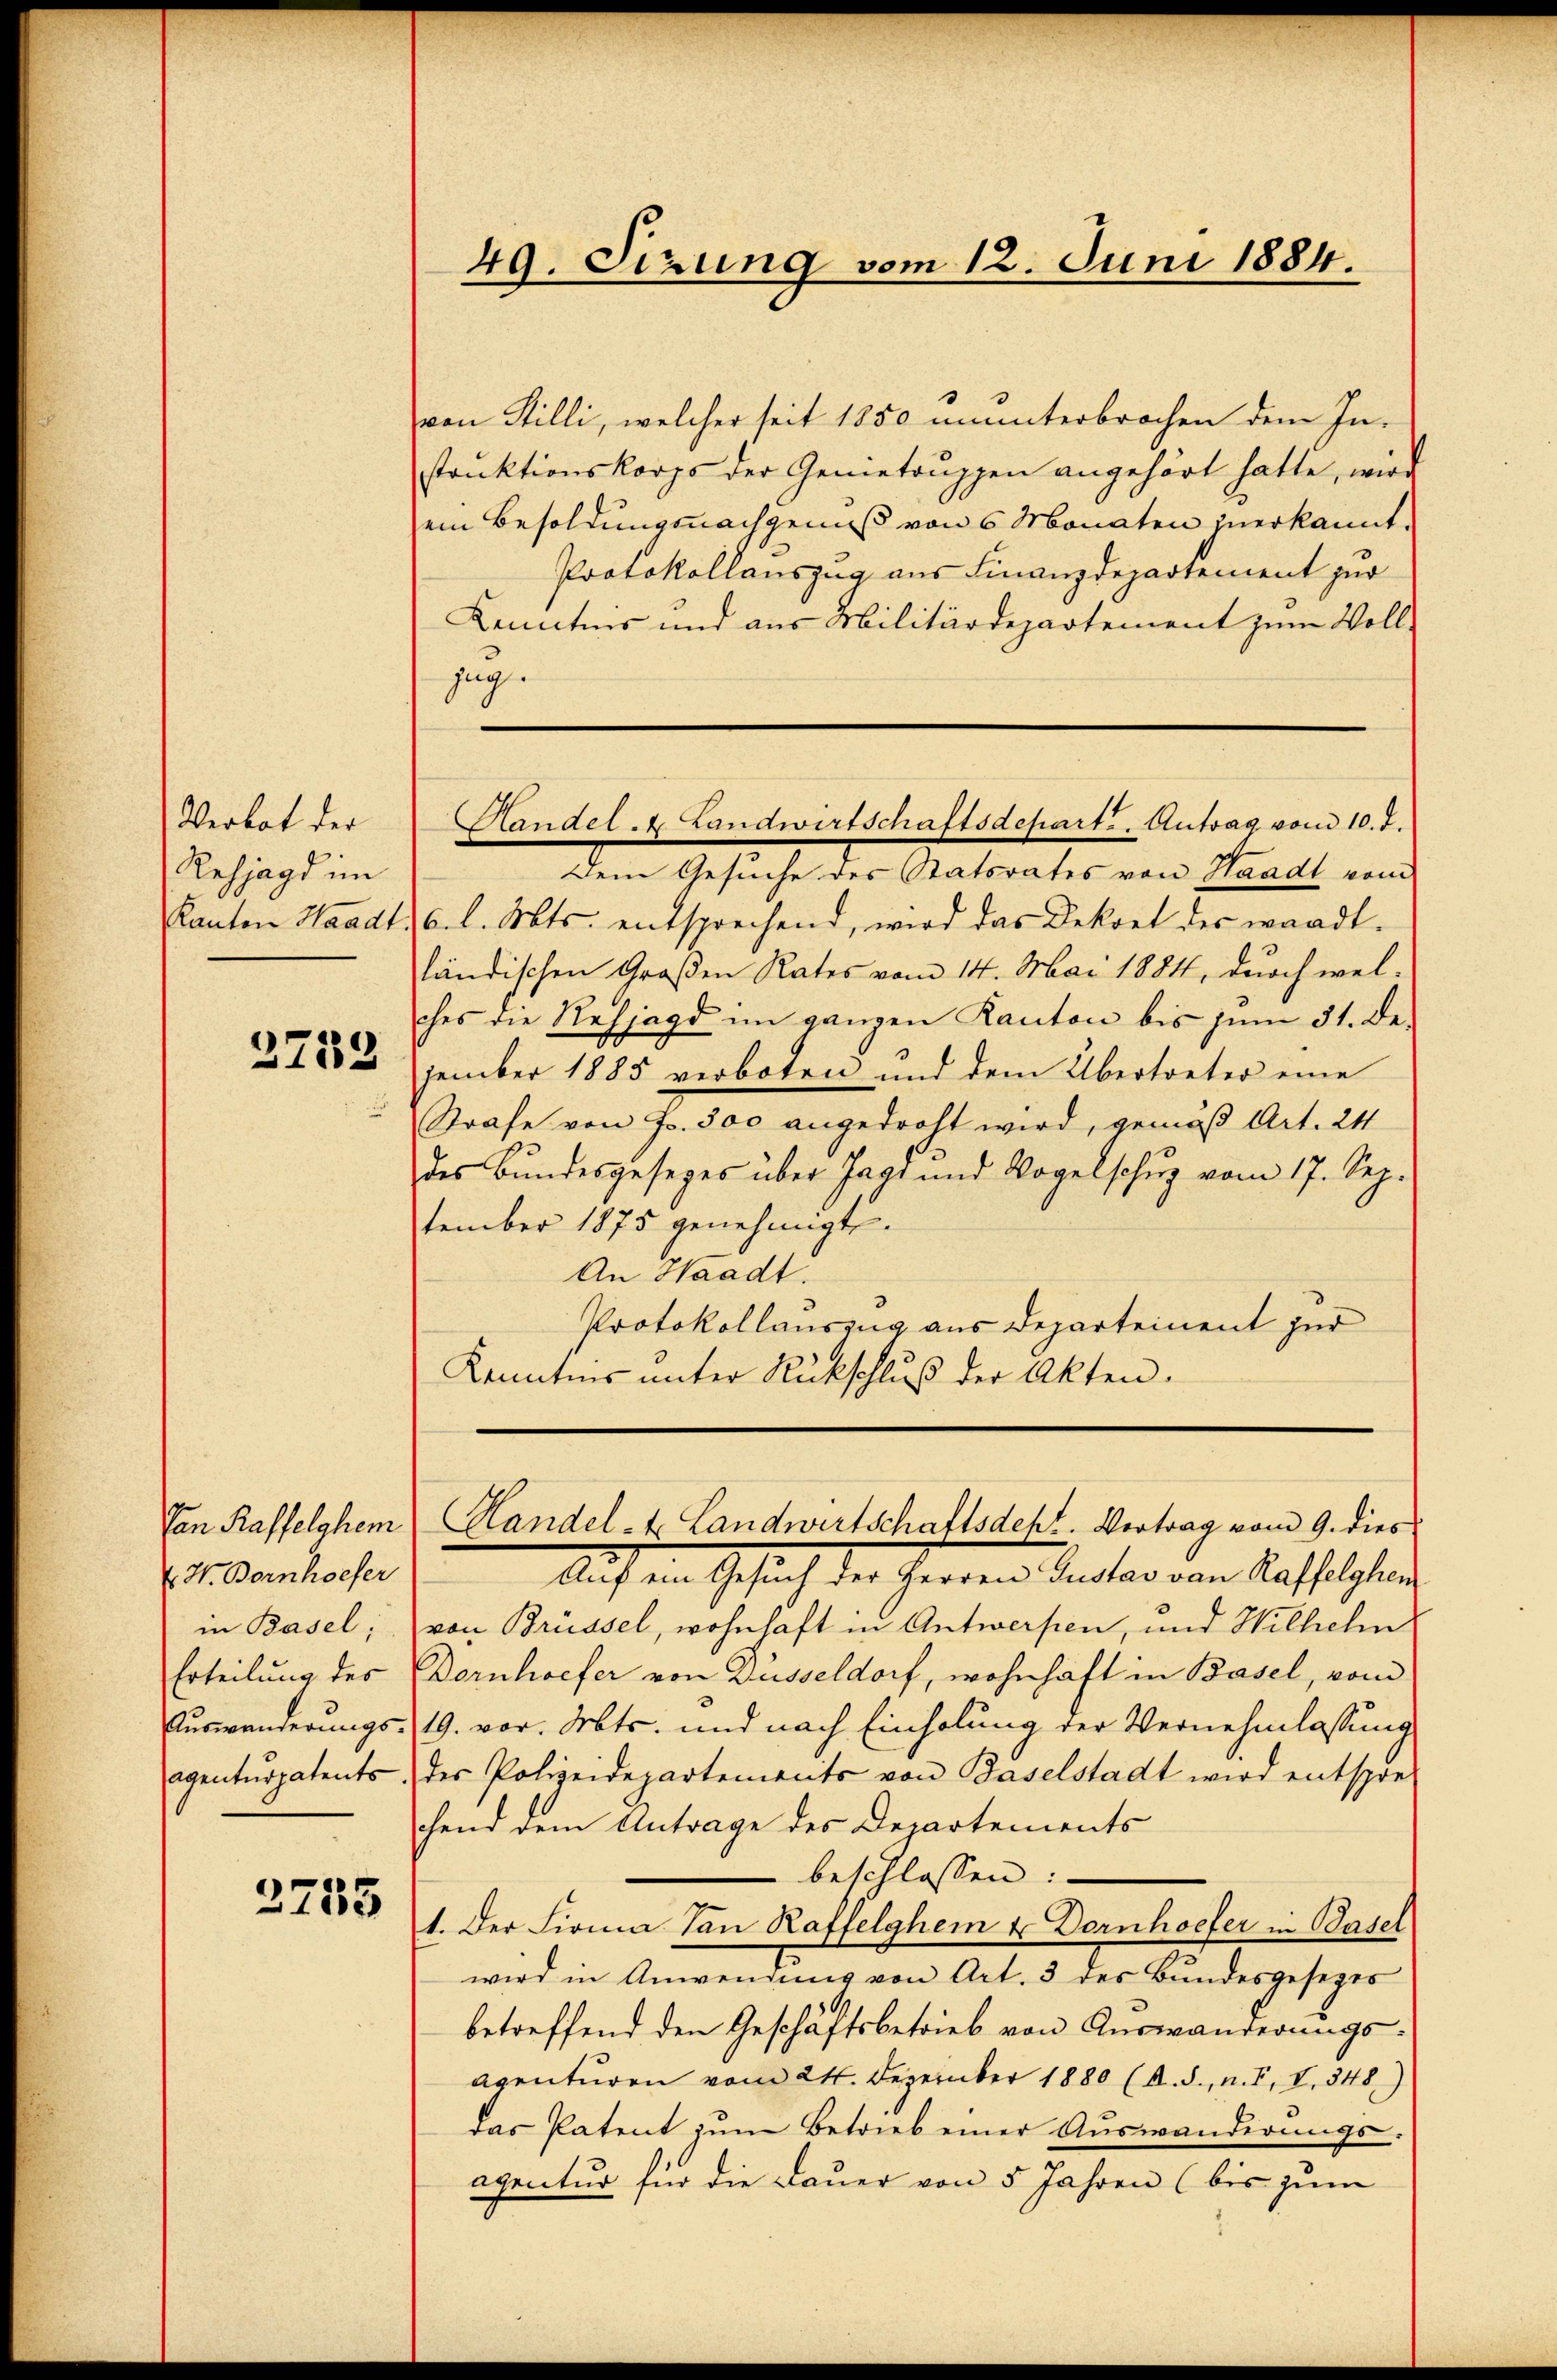
Verbot der
Resjagd im
Kanton Waadt.

2733

Tan Kaffelghem
 H. Bornhoefer
in Basel;
Erteilung des
Auswanderungs-
agenturpatents.

2733

49. Sirung vom 12. Juni 1884.

von Stilli, welcher seit 1850 ununterbrochen dem In-
struktionskorps der Gemetoŭppen angehört hatte, wird
ein Besoldungsnachgenuß von 6 Monaten zuerkannt.
Protokollauszug aus Finanzdepartement zur
Kenntnis und aus Militärdepartement zum Vollzug.
Dem Gesuche des Statsrates von Waadt vom
6. l. Mts. entsprechend, wird das Dekret des wardt-
ländischen Großen Rates vom 14. Mai 1884, durch welches die Rehjagd im ganzen Kanton bis zŭm 31. De
zember 1885 verboten und dem Übertreter eine
Strafe von Fr. 500 angedroht wird, gemäß Art. 24
des Bundesgesezes über Jags und Vogelschuz vom 17. Sep.
tember 1875 genehmigte.
An Waadt.
Protokollauszug aus Departement zur
Kenntnis unter Rückschlŭβ der Akten.
Handel- & Landwirtschaftsdeht. Vertrag vom 9. dies
Auf ein Gesuch der Herren Rentar von Kraftlichen
von Brüssel, wohnhaft in Antwerpen, und Wilhelm
Dornhoefer von Düsseldorf, wohnhaft in Basel, vom
19. vor. Mts. und nach Einholung der Vernehmlassung
des Polizeidepartements von Baselstadt wird entspre-
hend dem Antrage des Departements
beschlossen:
t. Der Firma Van Kaffelghem u. Dornhoefer in Basel
e
wird in Anwendung von Art. 3 des Bundesgesezes
betreffend den Geschäftsbetrieb von Auswanderungsaventuren vom 24. Dezember 1880 (A. S., n. F. V. 348)
das Patent zŭm Betrieb einer Aŭswanderŭngs-
aventur für die Dauer von 5 Jahren (bis zum

Kandel - Landwirtschaftsdepart, Antrag vom 10. d.